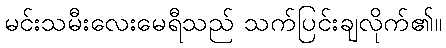
မင်းသမီးလေးမေရီသည် သက်ပြင်းချလိုက်၏။